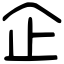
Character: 企